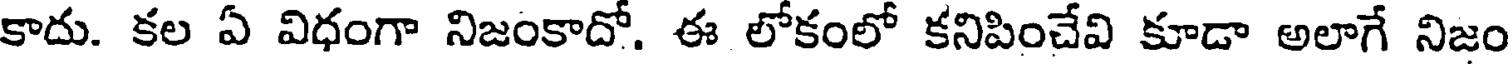
కాదు. కల ఏ విధంగా నిజంకాదో. ఈ లోకంలో కనిపించేవి కూడా అలాగే నిజం